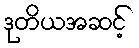
ဒုတိယအဆင့်